[Report on the health of British troops in the Madras command]
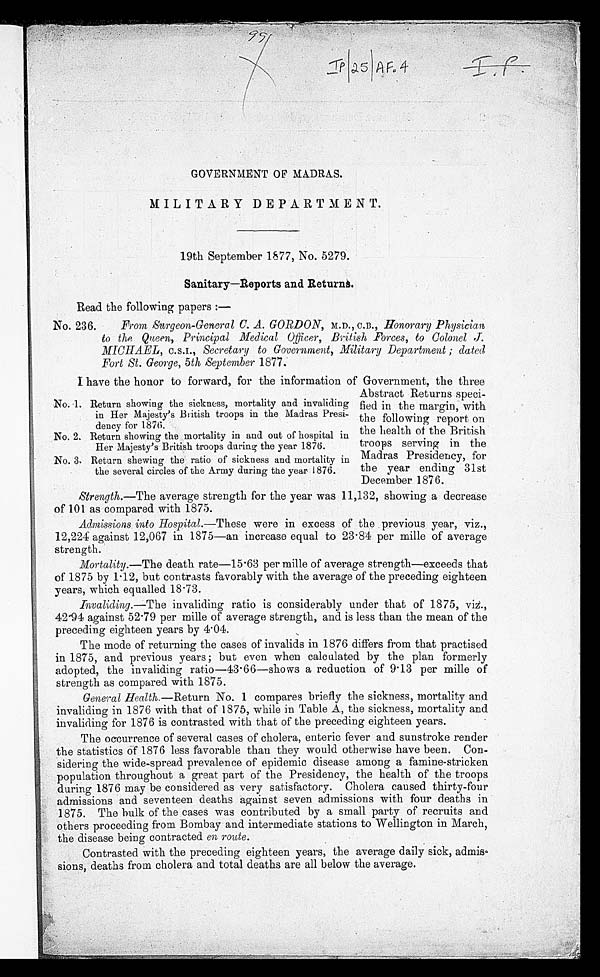
GOVERNMENT OF MADRAS.
MILITARY DEPARTMENT.
1 19th September 1877, No. 5279.
Sanitary—Reports and Returns
.
Read the following papers
No. 236.
From Snrgeon-General U. A. GORDON, M.D., C.B., Honorary Physician
to the Queen, Principal Medical Officer, British Forces, to Colonel J.
MICHAEL, C.S.I., Secretary to Government, Military Department ; dated
11o' f,
Georee. 5th Se/amber 1877.
I have the honor to forward, for the information of Government, the three
No.-1. Return showing the sickness, mortality and invaliding
in Her Majesty's British troops in the Madras Presi-
dency for 1876. .
No. 2, Return showing the mortality in and out of hospital in
Her Majesty's British troops during the year 1876.
No. 3. Return shewiug the ratio of sickness and mortality in
the several circles of the Army during the year 1876.
Abstract Returns speci-
fied in the margin, with
the following report on
the health of the British
troops serving in the
Madras Presidency, for
the year ending 31st
December 1876.
Strength.—The average strength for the year was 11,132, showing a decrease
of 101 as compared with 1875.
Admissions into Hospital.—These were in excess of the previous year, viz.,
12,224 against 12,067 in 1875—an increase equal to 23°84 per mille of average
strength.
Mortality.—The death rate-15 . 63 per mille of average strength—exceeds that
of 1875 by 1°12, but contrasts favorably with the average of the preceding eighteen
years, which equalled 18.73.
invaliding.—The invaliding ratio is considerably under that of 1875, vii.,
42'94 against 52 . 79 per mille of average strength, and is less than the mean of the
preceding eighteen years by 4.04.
The mode of returning the cases of invalids in 1876 differs from that practised
in 1875, and previous years; but even when calculated by the plan formerly
adopted, the invaliding ratio-43 . 66—shows a reduction of 9 . 13 per mille of
strength as compared with 1875.
General Health.—Return No. 1 compares briefly the sickness, mortality and
invaliding in 1876 with that of 1875, while in Table A, the sickness, mortality and
invaliding for 1876 is contrasted with that of the preceding eighteen years.
The occurrence of several cases of cholera, enteric fever and sunstroke render
the statistics of 1876 less favorable than they would otherwise have been. Con-
sidering the wide-spread prevalence of epidemic disease among a famine-stricken
population throughout a great part of the Presidency, the health of the troops
during 1876 may be considered as very satisfactory. Cholera caused thirty-four
admissions and seventeen deaths against seven admissions with four deaths in
1875. The bulk of the cases was contributed by a small party of recruits and
others proceeding from Bombay and intermediate stations to Wellington in March,
the disease being contracted en route.
Contrasted with the preceding eighteen years, the average daily sick, admis-
sions, deaths from cholera and total deaths are all below the average.